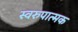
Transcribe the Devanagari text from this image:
स्वरुपात्मक